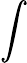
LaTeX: \int